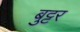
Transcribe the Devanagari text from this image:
बुट्टर